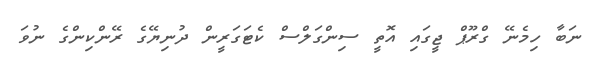
ނަބާ ހިމެނޭ ގްރޫޕް ޖީގައި އޮތީ ސިންގަލްސް ކެޓަގަރީން ދުނިޔޭގެ ރޭންކިންގެ ނުވަ